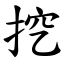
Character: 挖